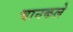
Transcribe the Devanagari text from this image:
चानकले